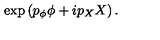
\exp \left( p _ { \phi } \phi + i p _ { X } X \right) .